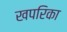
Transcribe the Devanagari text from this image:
खपरिका